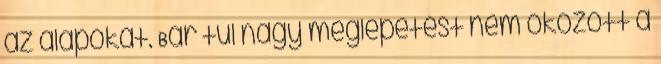
az alapokat. Bár túl nagy meglepetést nem okozott a